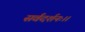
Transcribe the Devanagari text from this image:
सर्वदर्शनः।।